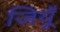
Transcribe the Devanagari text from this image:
जियूँ